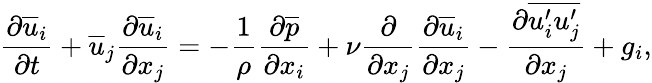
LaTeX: \frac{\partial\overline{{u}}_{i}}{\partial t}+\overline{{u}}_{j}\frac{\partial\overline{{u}}_{i}}{\partial x_{j}}=-\frac{1}{\rho}\frac{\partial\overline{{p}}}{\partial x_{i}}+\nu\frac{\partial}{\partial x_{j}}\frac{\partial\overline{{u}}_{i}}{\partial x_{j}}-\frac{\partial\overline{{u_{i}^{\prime}u_{j}^{\prime}}}}{\partial x_{j}}+g_{i},